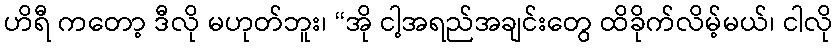
ဟိရီ ကတော့ ဒီလို မဟုတ်ဘူး၊ “အို ငါ့အရည်အချင်းတွေ ထိခိုက်လိမ့်မယ်၊ ငါလို